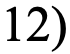
12)